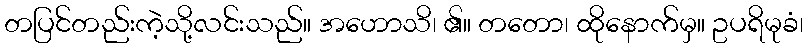
တပြင်တည်းကဲ့သို့လင်းသည်။ အဟောသိ၊ ၏။ တတော၊ ထိုနောက်မှ။ ဥပရိမုခံ၊